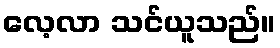
လေ့လာ သင်ယူသည်။